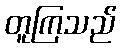
တူကြသည်